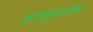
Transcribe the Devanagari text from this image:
कानपुरातील